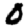
Digit: 0